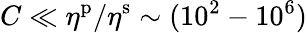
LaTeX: C\ll\eta^{\mathrm{p}}/\eta^{\mathrm{s}}\sim(10^{2}-10^{6})